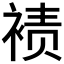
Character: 𫌀